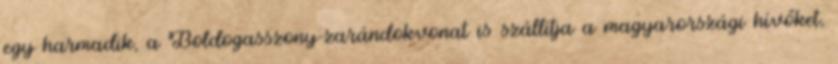
egy harmadik, a Boldogasszony-zarándokvonat is szállítja a magyarországi hívőket,